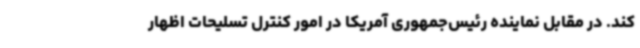
کند. در مقابل نماینده رئیس‌جمهوری آمریکا در امور کنترل تسلیحات اظهار